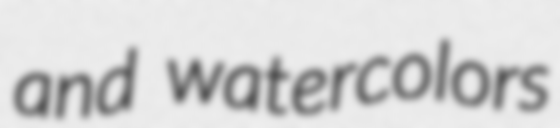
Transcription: and watercolors